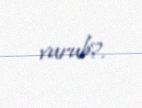
vurub?.